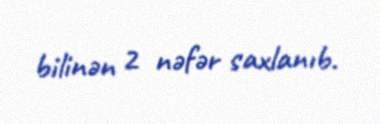
bilinən 2 nəfər saxlanıb.